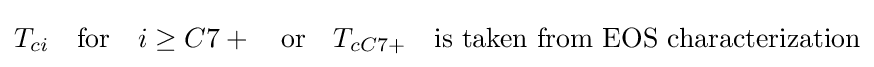
T_{ci}\quad {\text{for}}\quad i\geq C7+\quad {\text{or}}\quad T_{cC7+}\quad {\text{is taken from EOS characterization}}